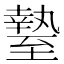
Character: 𦥎